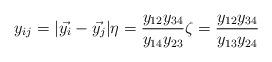
LaTeX: \begin{align*}y_{ij}=|\vec{y_{i}}-\vec{y_{j}}|\eta=\frac{y_{12}y_{34}}{y_{14}y_{23}}\zeta=\frac{y_{12}y_{34}}{y_{13}y_{24}}\end{align*}